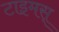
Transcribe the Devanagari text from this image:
टाइमस्